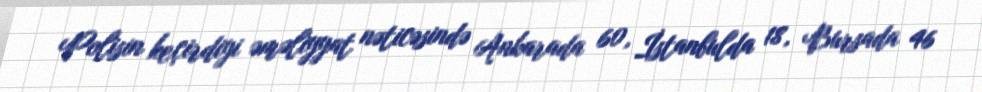
Polisin keçirdiyi əməliyyat nəticəsində Ankarada 60, İstanbulda 18, Bursada 46